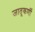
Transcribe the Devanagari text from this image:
जातूकर्णी